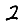
Digit: 2